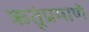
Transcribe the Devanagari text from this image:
ऋतूंप्रमाणे